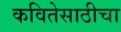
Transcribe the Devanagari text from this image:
कवितेसाठीचा